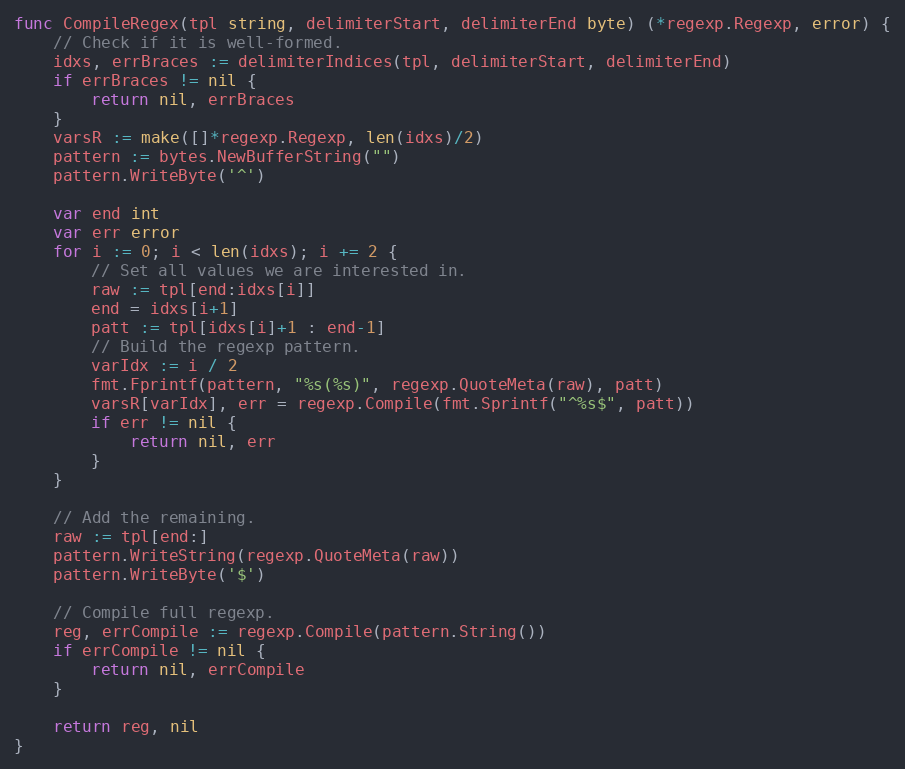
Language: Go
func CompileRegex(tpl string, delimiterStart, delimiterEnd byte) (*regexp.Regexp, error) {
	// Check if it is well-formed.
	idxs, errBraces := delimiterIndices(tpl, delimiterStart, delimiterEnd)
	if errBraces != nil {
		return nil, errBraces
	}
	varsR := make([]*regexp.Regexp, len(idxs)/2)
	pattern := bytes.NewBufferString("")
	pattern.WriteByte('^')

	var end int
	var err error
	for i := 0; i < len(idxs); i += 2 {
		// Set all values we are interested in.
		raw := tpl[end:idxs[i]]
		end = idxs[i+1]
		patt := tpl[idxs[i]+1 : end-1]
		// Build the regexp pattern.
		varIdx := i / 2
		fmt.Fprintf(pattern, "%s(%s)", regexp.QuoteMeta(raw), patt)
		varsR[varIdx], err = regexp.Compile(fmt.Sprintf("^%s$", patt))
		if err != nil {
			return nil, err
		}
	}

	// Add the remaining.
	raw := tpl[end:]
	pattern.WriteString(regexp.QuoteMeta(raw))
	pattern.WriteByte('$')

	// Compile full regexp.
	reg, errCompile := regexp.Compile(pattern.String())
	if errCompile != nil {
		return nil, errCompile
	}

	return reg, nil
}